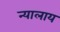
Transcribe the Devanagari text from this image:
न्यालाय